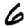
Digit: 6